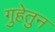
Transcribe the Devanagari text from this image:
गुहेतुन